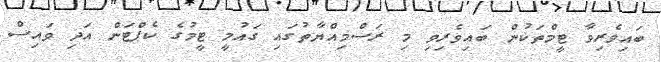
ބައިވެރިވާ ޓީމްތަކުން ބައިވެރިވި މި ރަސްމިއްޔާތުގައި ގައުމީ ޓީމުގެ ކެޕްޓަން އަދި ވައިސް